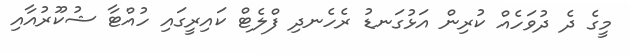
މީގެ ދެ ދުވަހެއް ކުރިން އަޅުގަނޑު ރެހެނދި ފްލެޓް ކައިރީގައި ހުއްޓާ ޝުކޫރުއާއި